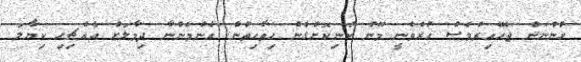
ހުންނަން ޖެހޭއިރުވެސް ހުރެވެނީ މޫނު ކުނިކޮށްގެން ހިތާހިތުން އެންމެންނާ ދިމާލަށް އެއްޗިހި ކިޔާލަ